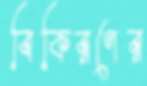
বিকিরণের